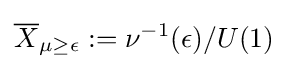
{\overline {X}}_{\mu \geq \epsilon }:=\nu ^{-1}(\epsilon )/U(1)